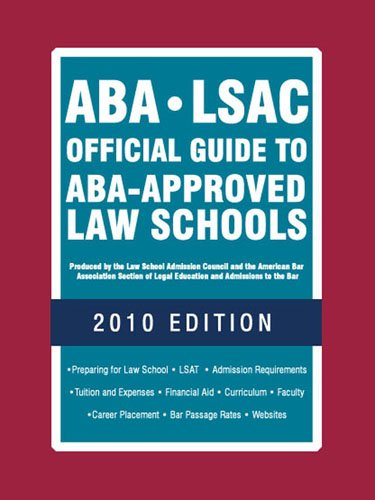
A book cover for ABA-LSAC Official Guide to ABA-Approved Law Schools; Wendy Margolis; Education & Teaching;